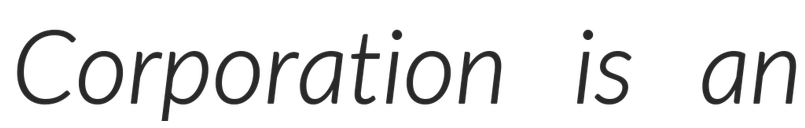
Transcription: Corporation is an